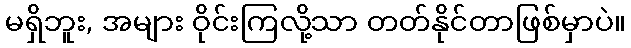
မရှိဘူး, အများ ဝိုင်းကြလို့သာ တတ်နိုင်တာဖြစ်မှာပဲ။